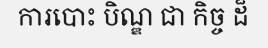
ការបោះ បិណ្ឌ ជា កិច្ច ដ៏